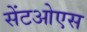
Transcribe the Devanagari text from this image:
सेंटओएस